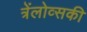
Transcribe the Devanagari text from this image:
त्रेंलोव्सकी